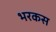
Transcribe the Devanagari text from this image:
भरकस